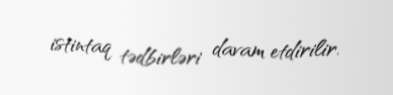
istintaq tədbirləri davam etdirilir.